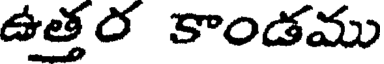
ఉత్తర కాండము